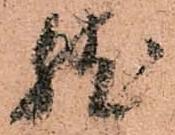
然